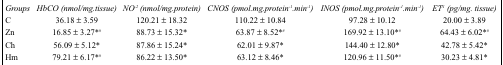
<table><thead><tr><td><b><i>Groups</i></b></td><td><b><i>HbCO (nmol/mg.tissue)</i></b></td><td><b><i>NO<sup>-2</sup> (nmol/mg.protein)</i></b></td><td><b><i>CNOS (pmol.mg.protein<sup>-1</sup>.min<sup>-1</sup>)</i></b></td><td><b><i>INOS (pmol.mg.protein<sup>-1</sup>.min<sup>-1</sup>)</i></b></td><td><b><i>ET<sup>-1</sup> (pg/mg. tissue)</i></b></td></tr></thead><tbody><tr><td>C</td><td>36.18 ± 3.59</td><td>120.21 ± 18.32</td><td>110.22 ± 10.84</td><td>97.28 ± 10.12</td><td>20.00 ± 3.89</td></tr><tr><td>Zn</td><td>16.85 ± 3.27*<sup>#</sup></td><td>88.73 ± 15.32*</td><td>63.87 ± 8.52*<sup>#</sup></td><td>169.92 ± 13.10*<sup>#</sup></td><td>64.43 ± 6.02*<sup>#</sup></td></tr><tr><td>Ch</td><td>56.09 ± 5.12*</td><td>87.86 ± 15.24*</td><td>62.01 ± 9.87*</td><td>144.40 ± 12.80*</td><td>42.78 ± 5.42*</td></tr><tr><td>Hm</td><td>79.21 ± 6.17*<sup>#</sup></td><td>86.22 ± 13.50*</td><td>63.12 ± 8.46*</td><td>120.96 ± 11.50*<sup>#</sup></td><td>30.23 ± 4.81*</td></tr></tbody></table>